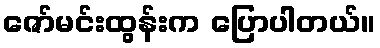
ဇော်မင်းထွန်းက ပြောပါတယ်။